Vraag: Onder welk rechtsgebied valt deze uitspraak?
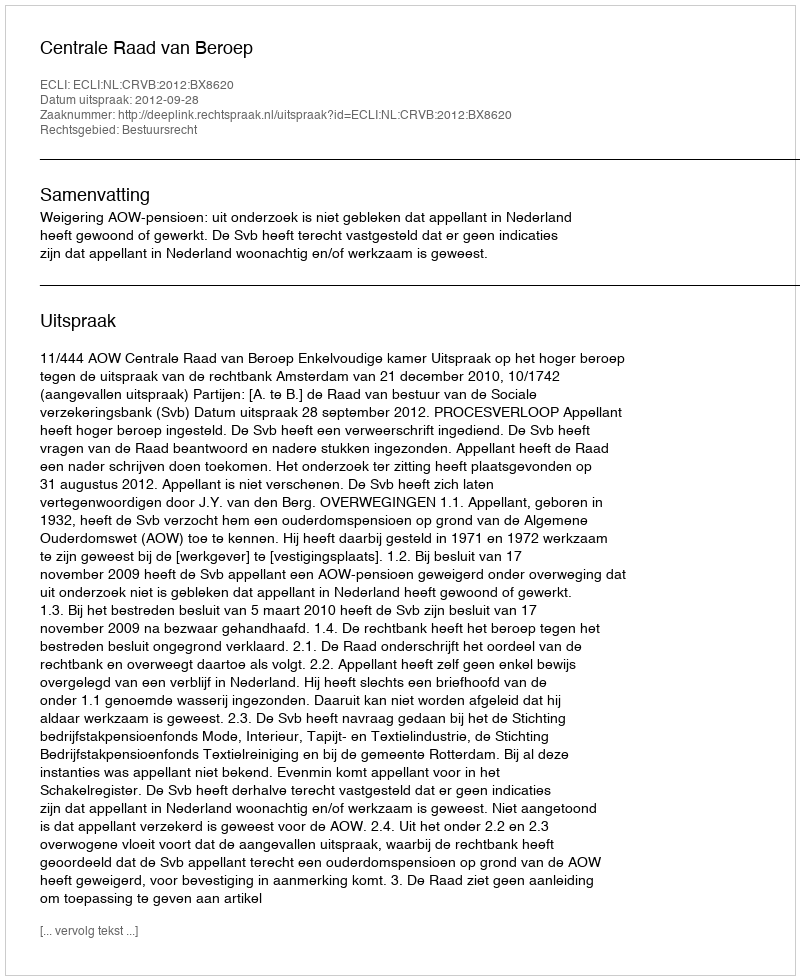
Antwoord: Bestuursrecht